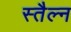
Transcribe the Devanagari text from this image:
स्तैल्न